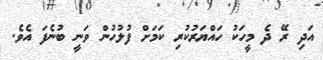
އަދި ރޭ ދެ މީހަކު ހައްޔަރުކުރި ކަމަށް ފުލުހުން ވަނީ ބުނެފަ އެވެ.